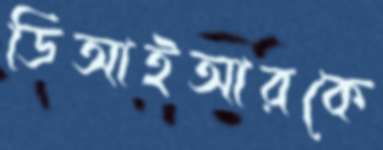
ডিআইআরকে